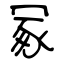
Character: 冢